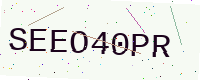
Text: SEEO40PR